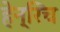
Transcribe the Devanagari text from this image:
हेन्‍रिच